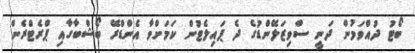
ބޯޓު ދުއްވަމުން ދަނީ ސްވިޒަލޭންޑުގެ ދެ ޕައިލެޓުން ކަމަށްވާ އެންޑްރޭ ބޯޝްބާގާއި ޕްރެޓްރެން